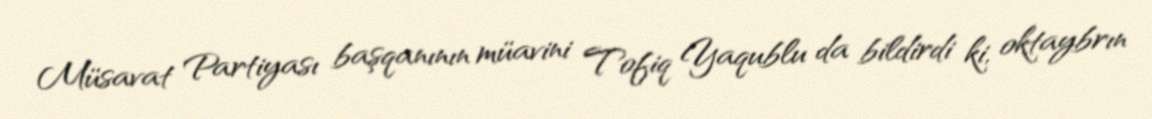
Müsavat Partiyası başqanının müavini Tofiq Yaqublu da bildirdi ki, oktaybrın